Kloostri_vallavalitsus, lk 15
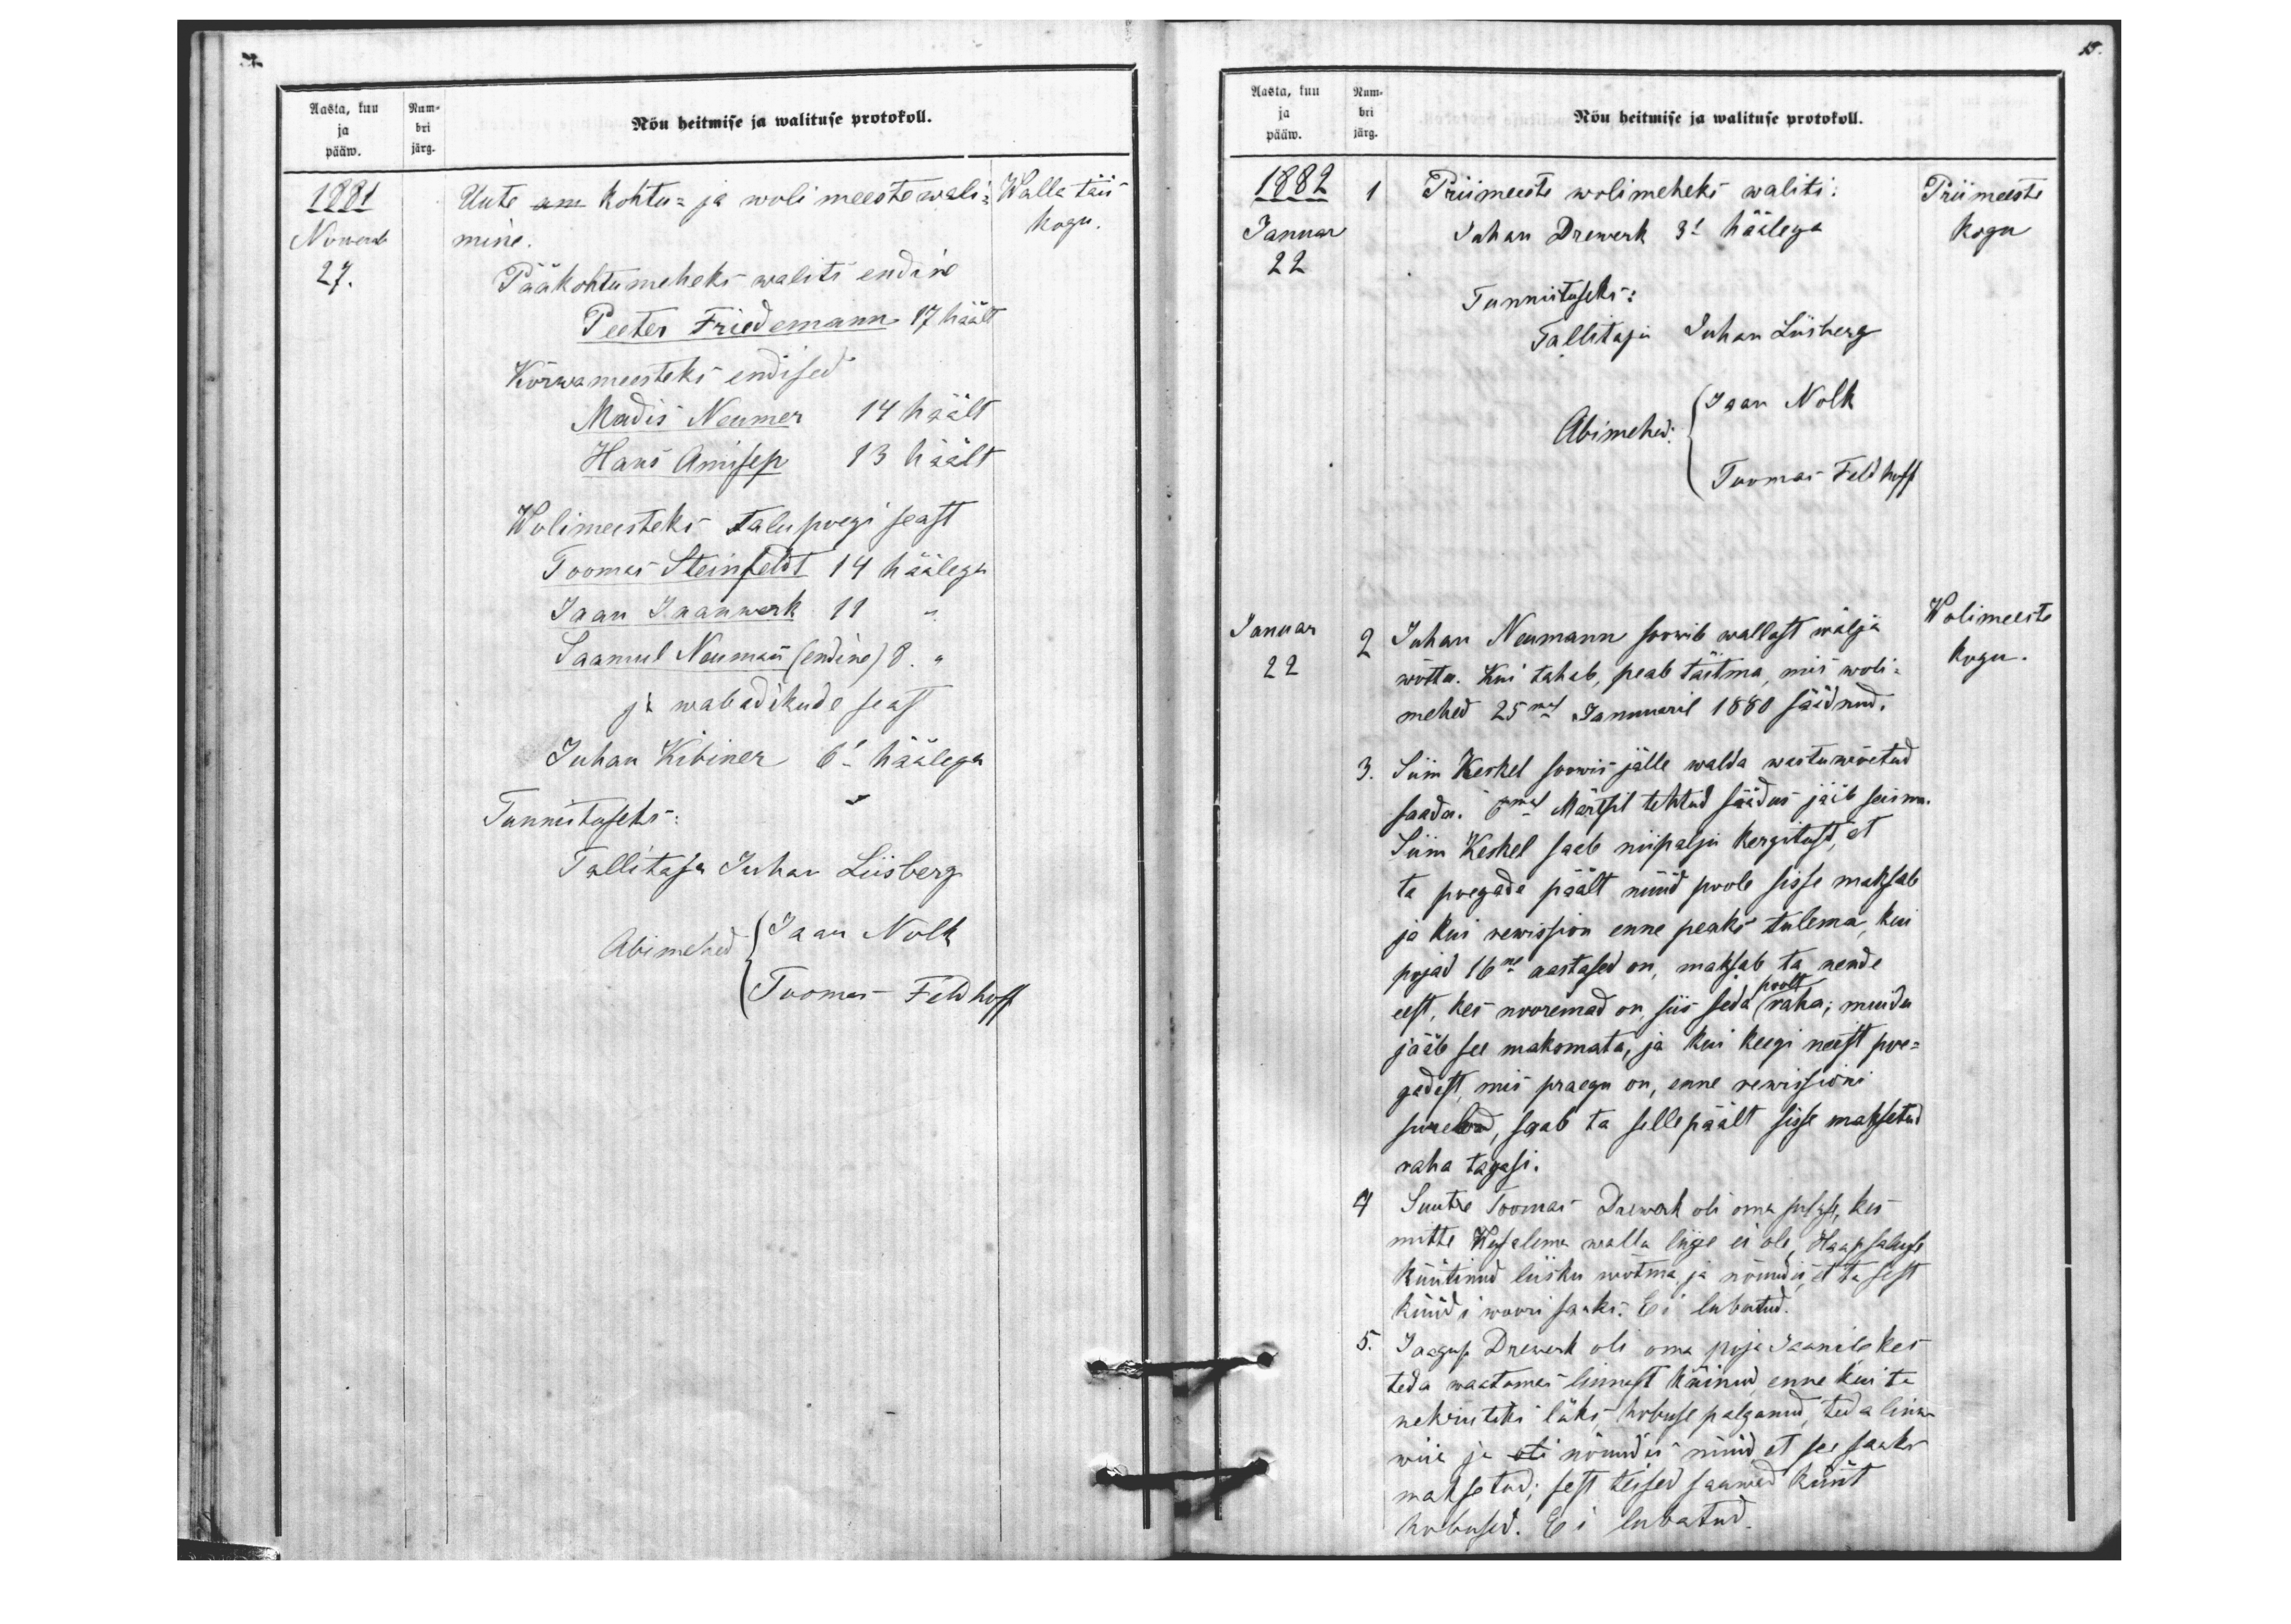
Aasta, kuu Num-
Nõu heitmise ja walituse protokoll.
ja bri
pääw. järg.
1881
Uute kohtu- ja woli meeste wali
Walla täis
Nowember
mine.
Kogu.
27.
Pääkohtumeheks waliti endine
Peeter Friedemann 17 häält.
Kõrwameesteks endised
Madis Neumer 14 häält
Hans Amisep 13 häält
Wolimeesteks talupoegi seast
Toomas Steinfeldt 14 häälega
Jaan Jaanwerk 11
Saamul Neumann (endine) 8 "
ja wabadikude seast
Juhan Kibiner 6 häälega
Tunnistuseks.
Tallitaja Juhan Liisberg
Abimehed Jaan Nolk
Toomas Feldhoff

15.
Aasta, kuu Num-
Nõu heitmise ja walituse protokoll.
ja bri
pääw. järg.
1882
1 Priimeeste wolimeheks waliti.
Priimeeste
Januar
Juhan Drewerk 3e häälega
kogu
22.
Tunnistuseks:
Tallitaja Juhan Liisberg
Jaan Nolk
Abimehed:
Toomas Feldhoff
Januar
Wolimeeste
2 Juhan Neumann soowib wallast wälja
22
wõtta. Kui tahab, peab täitma, mis woli-
kogu.
mehed 25mal Januaril 1880 säidnud.
3. Siim Keskel soowis jälle walda wastu wõetud
saada. 6mal Märtsil tehtud säädus jäib seisma-
Siim Keskel saab niipalju kergitust, et
ta poegade päält nüüd poole sisse maksab
ja kui rewission enne peaks tulema, kui
pojad 16ne aastased on, maksab ta nende
poolt
eest, kes nooremad on, siis seda raha; muidu
jääb see maksmata, ja kui keegi neist poe-
gadest, mis praegu on, enne rewissioni
sureb, saab ta selle päält sisse maksetud
raha tagasi.
4 Suutre Toomas Drewerk oli oma sulase, kes
mitte Wasalema walla liige ei ole Haapsalusse
Rüütinud liisku wõtma ja nõudis et ta sest
küüdi woori saaks. Ei lubatud.
5. Jaagup Drewerk oli oma poja Jaanile kes
teda waatamas linnast käinud enne kui ta
nekrutiks läks hobuse palganud, teda linna
wiia ja nõuudis nüüd et see saaks
maksetud; sest teised saawad küüt
hobused. Ei lubatud.